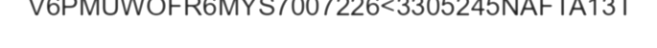
V6PMUWOFR6MYS7007226<3305245NAFTA13T